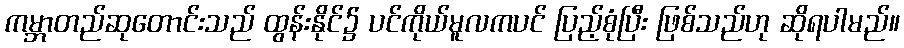
ကမ္ဘာတည်ဆုတောင်းသည် ထွန်းနိုင်၌ ပင်ကိုယ်မူလကပင် ပြည့်စုံပြီး ဖြစ်သည်ဟု ဆိုရပါမည်။